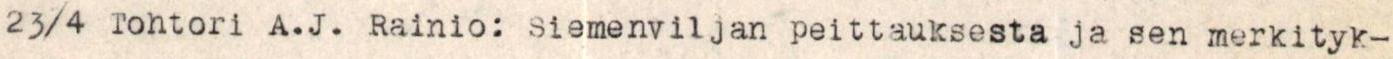
23/4 Tohtori A.J. Rainio: Siemenviljan peittauksesta ja sen merkityk-